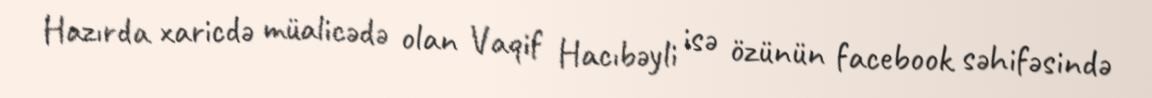
Hazırda xaricdə müalicədə olan Vaqif Hacıbəyli isə özünün facebook səhifəsində